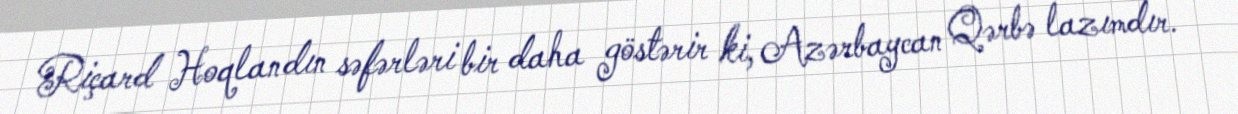
Riçard Hoqlandın səfərləri bir daha göstərir ki, Azərbaycan Qərbə lazımdır.